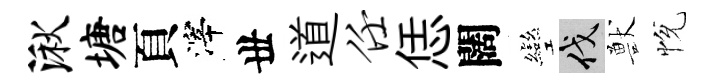
湫塘頁滓丗道任恁闊彎伐獸恱